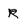
Character: r